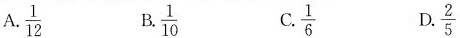
A. \frac{1}{12} B. \frac{1}{10} C. \frac{1}{6} D. \frac{2}{5}